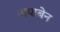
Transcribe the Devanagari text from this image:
जयाबेन